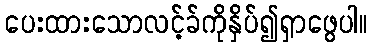
ပေးထားသောလင့်ခ်ကိုနှိပ်၍ရှာဖွေပါ။